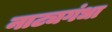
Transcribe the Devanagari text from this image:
नाट्यगंधा